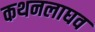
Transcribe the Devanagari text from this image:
कथनलाघव